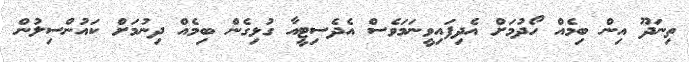
ތިނަދޫ އިން ބިމެއް ހޯދުމަށް އެދިފައިވީނަމަވެސް އެދެސިޓީއާ ގުޅިގެން ބިމެއް ދިނުމަށް ކައުންސިލުން